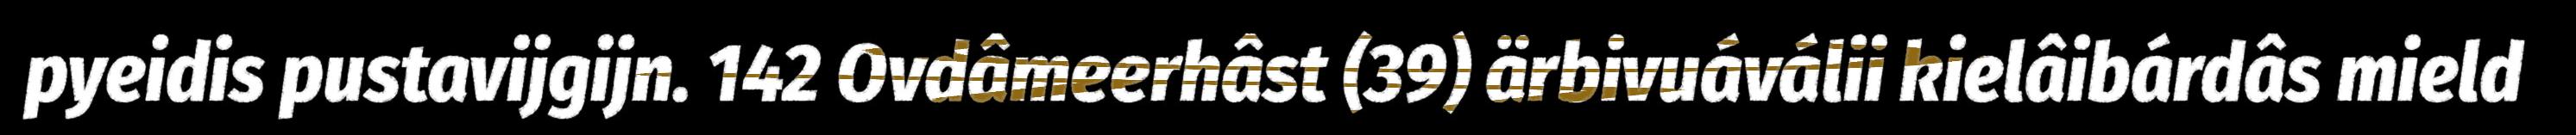
pyeidis pustavijgijn. 142 Ovdâmeerhâst (39) ärbivuáválii kielâibárdâs mield